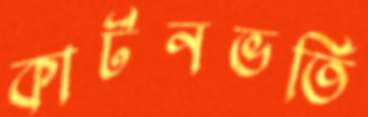
কার্টনভর্তি